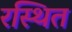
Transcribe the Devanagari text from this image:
रस्थित